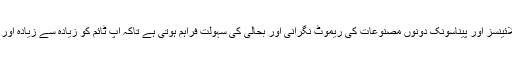
اس انضمام سے ماویکس 6020 ایپلائینسز اور پیناسونک دونوں مصنوعات کی ریموٹ نگرانی اور بحالی کی سہولت فراہم ہوتی ہے تاکہ اپ ٹائم کو زیادہ سے زیادہ اور رکاوٹوں کو کم سے کم کیا جاسکے۔